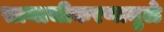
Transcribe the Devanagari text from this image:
सामाजीकरणामुळे